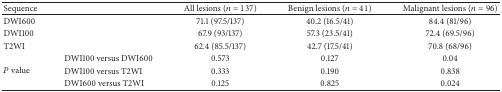
<table><thead><tr><td><b>Sequence</b></td><td><b> </b></td><td><b>All lesions (<i>n</i> = 137)</b></td><td><b>Benign lesions (<i>n</i> = 41)</b></td><td><b>Malignant lesions (<i>n</i> = 96)</b></td></tr></thead><tbody><tr><td>DWI600</td><td> </td><td>71.1 (97.5/137)</td><td>40.2 (16.5/41)</td><td> 84.4 (81/96)</td></tr><tr><td>DWI100</td><td> </td><td>67.9 (93/137)</td><td>57.3 (23.5/41)</td><td>72.4 (69.5/96)</td></tr><tr><td>T2WI</td><td> </td><td>62.4 (85.5/137)</td><td>42.7 (17.5/41)</td><td> 70.8 (68/96)</td></tr><tr><td rowspan="3"><i>P</i> value</td><td>DWI100 versus DWI600</td><td>0.573</td><td>0.127</td><td>0.04</td></tr><tr><td>DWI100 versus T2WI</td><td>0.333</td><td>0.190</td><td>0.838</td></tr><tr><td>DWI600 versus T2WI</td><td>0.125</td><td>0.825</td><td>0.024</td></tr></tbody></table>